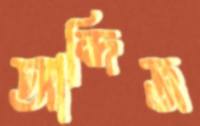
আন্দিজ